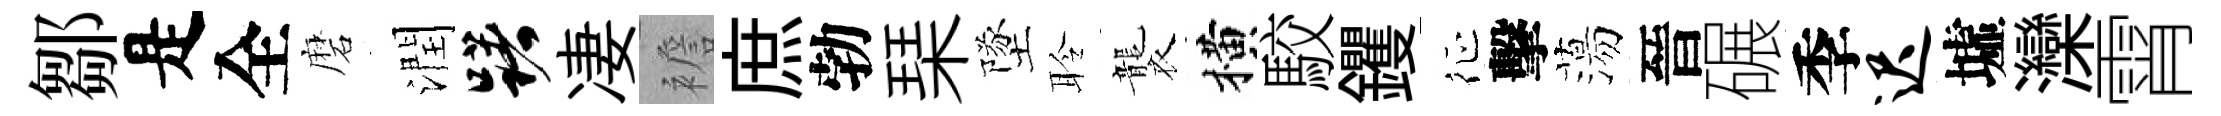
鄒是全磨潤躇凄襜庶勃琹墜聆襲横駮钁征擊蕩晉碾季迟墟灤霄